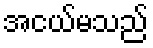
အငယ်မသည်